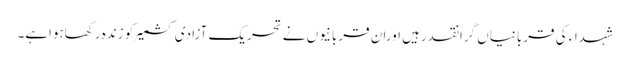
شہداء کی قربانیاں گرانقدرہیں اوران قربانیوں نے تحریک آزادی کشمیرکو زندہ رکھاہواہے۔